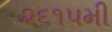
૨૬૧૫મી